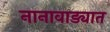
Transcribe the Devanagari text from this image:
नानावाड्यात